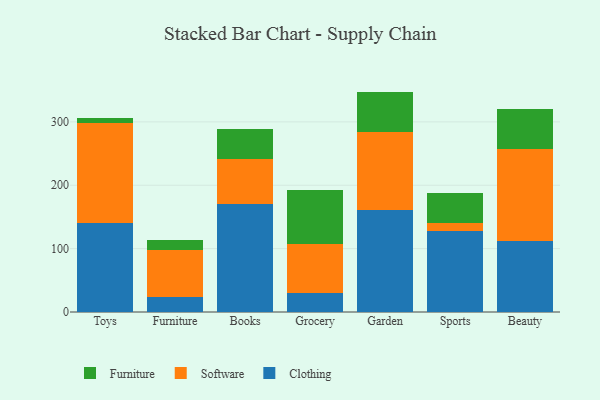
{"axis": {"x": "Category", "y": "Operating Costs (USD K)"}, "legend": ["Clothing", "Furniture", "Software"], "data": [{"x": "Toys", "y": 140.0, "type": "Clothing"}, {"x": "Toys", "y": 157.7, "type": "Software"}, {"x": "Toys", "y": 8.4, "type": "Furniture"}, {"x": "Furniture", "y": 23.4, "type": "Clothing"}, {"x": "Furniture", "y": 73.9, "type": "Software"}, {"x": "Furniture", "y": 16.0, "type": "Furniture"}, {"x": "Books", "y": 171.2, "type": "Clothing"}, {"x": "Books", "y": 70.8, "type": "Software"}, {"x": "Books", "y": 46.7, "type": "Furniture"}, {"x": "Grocery", "y": 30.3, "type": "Clothing"}, {"x": "Grocery", "y": 76.9, "type": "Software"}, {"x": "Grocery", "y": 84.9, "type": "Furniture"}, {"x": "Garden", "y": 161.4, "type": "Clothing"}, {"x": "Garden", "y": 122.4, "type": "Software"}, {"x": "Garden", "y": 64.0, "type": "Furniture"}, {"x": "Sports", "y": 127.6, "type": "Clothing"}, {"x": "Sports", "y": 12.9, "type": "Software"}, {"x": "Sports", "y": 47.0, "type": "Furniture"}, {"x": "Beauty", "y": 112.3, "type": "Clothing"}, {"x": "Beauty", "y": 144.5, "type": "Software"}, {"x": "Beauty", "y": 63.6, "type": "Furniture"}]}